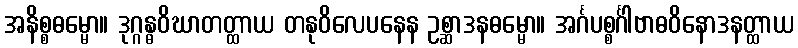
အနိစ္စဓမ္မော။ ဒုဂ္ဂန္ဓဝိဃာတတ္ထာယ တနုဝိလေပနေန ဥစ္ဆာဒနဓမ္မော။ အင်္ဂပစ္စင်္ဂါဗာဓဝိနောဒနတ္ထာယ